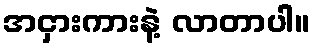
အငှားကားနဲ့ လာတာပါ။